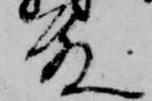
殿